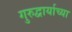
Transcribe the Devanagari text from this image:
गुरुद्वार्याच्या